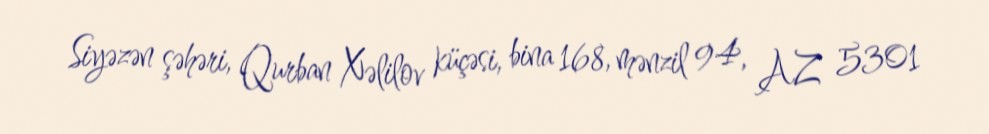
Siyəzən şəhəri, Qurban Xəlilov küçəsi, bina 168, mənzil 94, AZ 5301